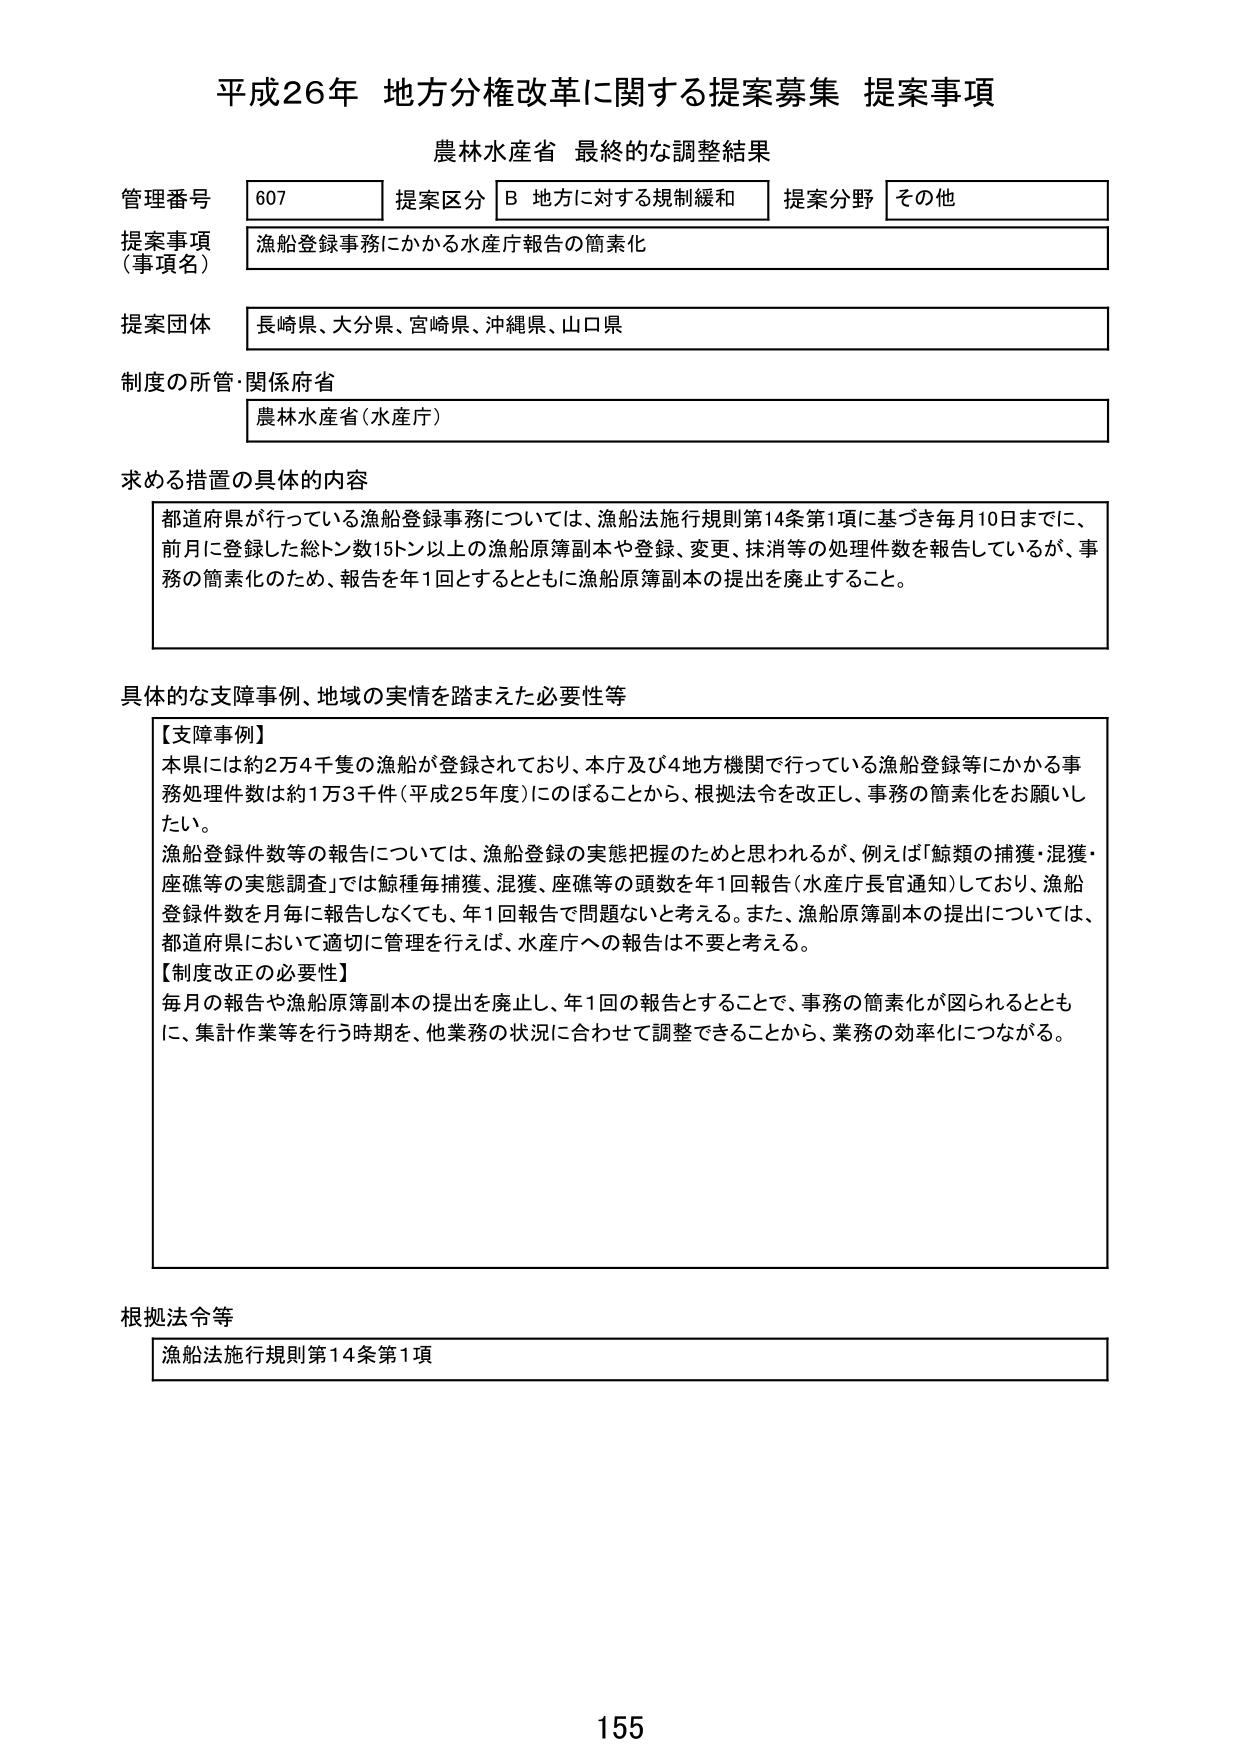
平成26年 地方分権改革に関する提案募集 提案事項
農林水産省 最終的な調整結果

管理番号 607 提案区分 B 地方に対する規制緩和 提案分野 その他
提案事項（事項名） 漁船登録事務にかかる水産庁報告の簡素化
提案団体 長崎県、大分県、宮崎県、沖縄県、山口県
制度の所管・関係府省 農林水産省（水産庁）

求める措置の具体的内容
都道府県が行っている漁船登録事務については、漁船法施行規則第14条第1項に基づき毎月10日までに、前月に登録した総トン数15トン以上の漁船原簿副本や登録、変更、抹消等の処理件数を報告しているが、事務の簡素化のため、報告を年1回とするとともに漁船原簿副本の提出を廃止すること。

具体的な支障事例、地域の実情を踏まえた必要性等
【支障事例】
本県には約2万4千隻の漁船が登録されており、本庁及び4地方機関で行っている漁船登録等にかかる事務処理件数は約1万3千件（平成25年度）にのぼることから、根拠法令を改正し、事務の簡素化をお願いしたい。
漁船登録件数等の報告については、漁船登録の実態把握のためと思われるが、例えば「鯨類の捕獲・混獲・座礁等の実態調査」では鯨種毎捕獲、混獲、座礁等の頭数を年1回報告（水産庁長官通知）しており、漁船登録件数を月毎に報告しなくても、年1回報告で問題ないと考える。また、漁船原簿副本の提出については、都道府県において適切に管理を行えば、水産庁への報告は不要と考える。
【制度改正の必要性】
毎月の報告や漁船原簿副本の提出を廃止し、年1回の報告とすることで、事務の簡素化が図られるとともに、集計作業等を行う時期を、他業務の状況に合わせて調整できることから、業務の効率化につながる。

根拠法令等
漁船法施行規則第14条第1項

155